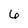
Character: 6